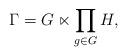
LaTeX: \begin{align*}\Gamma=G\ltimes\prod_{g\in G}H,\end{align*}